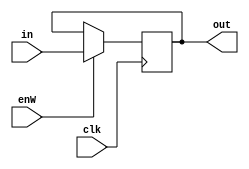
module regr (out,in,clk,enW);
  output reg [31:0] out;
  input clk,enW;
  input [31:0] in;
  always @ ( posedge clk ) begin
    if(enW) out=in;
  end
endmodule